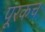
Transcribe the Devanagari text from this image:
पूरकच